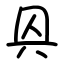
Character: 㒷